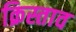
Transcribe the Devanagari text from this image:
क्रिस्ताव